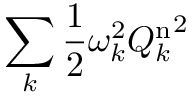
\sum _ { k } \frac { 1 } { 2 } \omega _ { k } ^ { 2 } { Q _ { k } ^ { \mathrm { n } } } ^ { 2 }